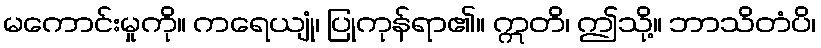
မကောင်းမှုကို။ ကရေယျုံ၊ ပြုကုန်ရာ၏။ ဣတိ၊ ဤသို့။ ဘာသိတံပိ၊